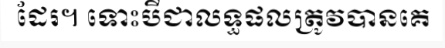
ដែរ។ ទោះបីជាលទ្ធផលត្រូវបានគេ